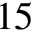
1 5